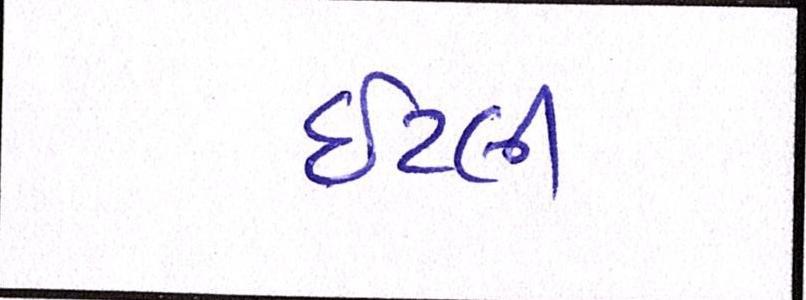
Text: ઇટલી